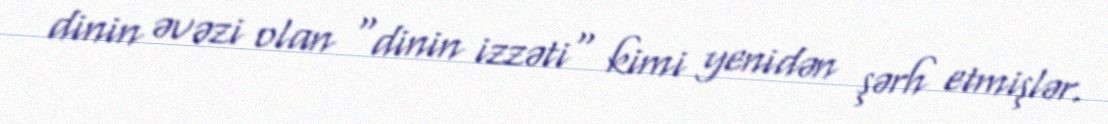
dinin əvəzi olan "dinin izzəti" kimi yenidən şərh etmişlər.